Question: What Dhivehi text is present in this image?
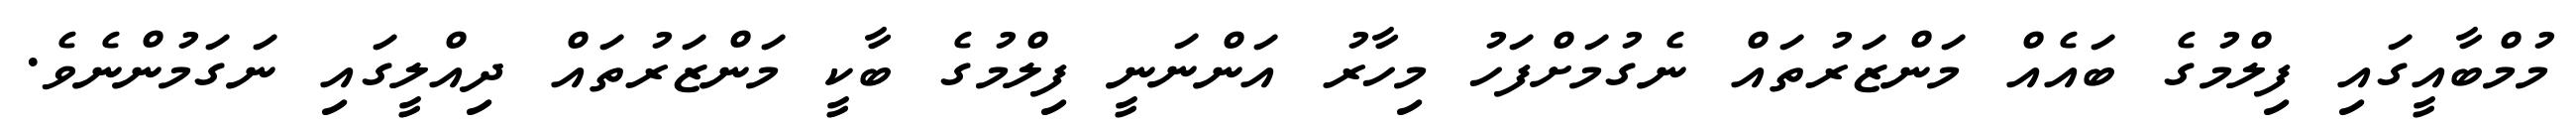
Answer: މުމްބާއީގައި ފިލްމުގެ ބައެއް މަންޒަރުތައް ނެގުމަށްފަހު މިހާރު އަންނަނީ ފިލްމުގެ ބާކީ މަންޒަރުތައް ދިއްލީގައި ނަގަމުންނެވެ.